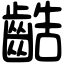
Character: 䶜